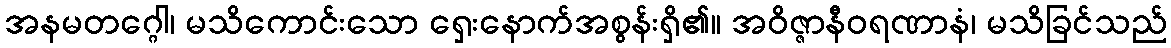
အနမတဂ္ဂေါ၊ မသိကောင်းသော ရှေးနောက်အစွန်းရှိ၏။ အဝိဇ္ဇာနီဝရဏာနံ၊ မသိခြင်သည်